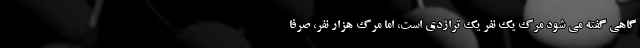
گاهی گفته می شود مرگ یک نفر یک تراژدی است، اما مرگ هزار نفر، صرفا